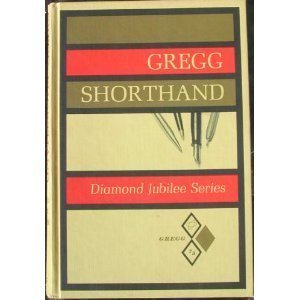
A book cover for Gregg Shorthand: Diamond Jubilee (Diamond Jubilee Series); John R. Gregg; Business & Money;